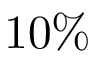
1 0 \%